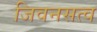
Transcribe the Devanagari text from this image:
जिवनसत्व